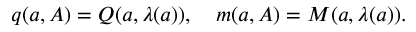
\begin{array} { r } { q ( { a } , A ) = Q ( { a } , \lambda ( { a } ) ) , \quad m ( { a } , A ) = M ( a , \lambda ( a ) ) . } \end{array}